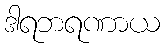
ဒါရဘရဏာယ